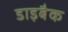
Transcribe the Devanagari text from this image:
डाइबैक